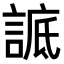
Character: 𧨱